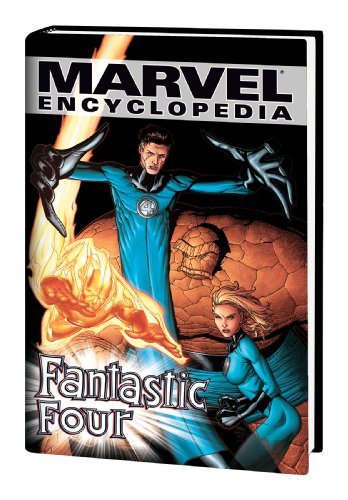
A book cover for Marvel Encyclopedia Volume 6: Fantastic Four HC; Various; Reference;